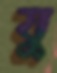
যু